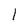
Character: l